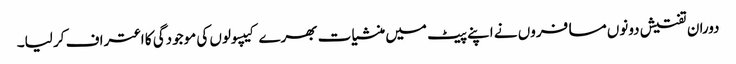
دوران تفتیش دونوں مسافروں نے اپنے پیٹ میں منشیات بھرے کیپسولوں کی موجودگی کا اعتراف کر لیا۔